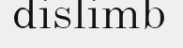
dislimb